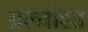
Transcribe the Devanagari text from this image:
अल्योशा